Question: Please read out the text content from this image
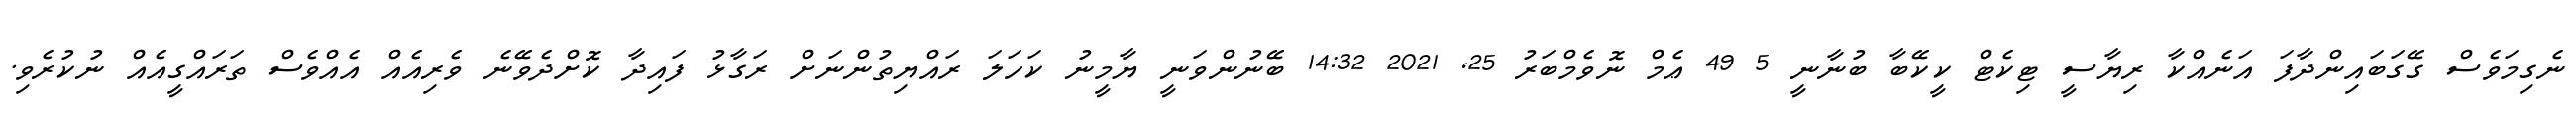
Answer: ނެގިމަވެސް ގޭގަބައިންދާފަ އަނެއްކާ ރިޔާސީ ޓިކެޓް ކީކޭބާ ބުނާނީ 5 49 ޢެމް ނޮވެމްބަރު 25, 2021 14:32 ބޭނުންވަނީ ޔާމީނު ކަހަލަ ރައްޔިތުންނަށް ރަގާޅު ފައިދާ ކޮށްދެވޭނެ ވެރިއެއް އެއްވެސް ތަރައްގީއެއް ނުކުރެވި.